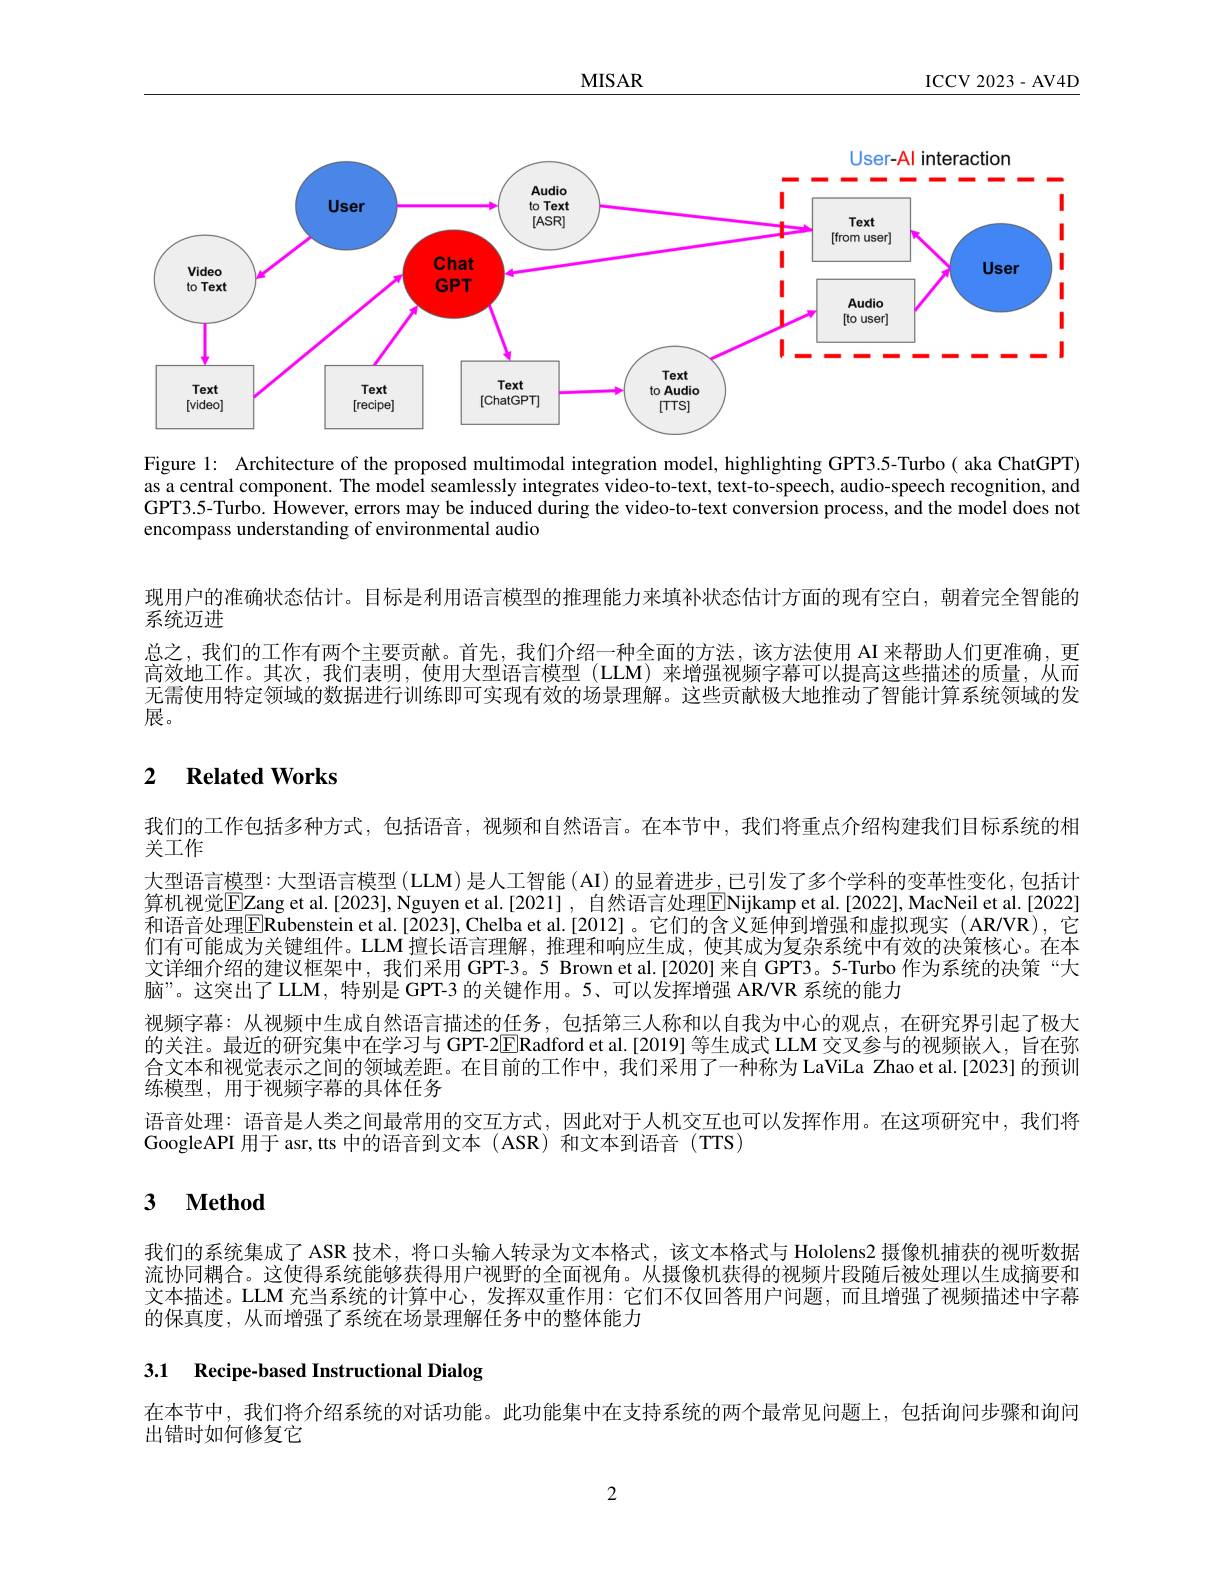
$\underline{MISAR}$

ICCV 2023- AV4D

<FigureHere>

Figure l: Architecture of the proposed multimodal integration model, highlighting GPT3.5-Turbo( aka ChatGPT) as a central component. The model seamlessly integrates video-to-text, text-to-speech, audio-speech recognition, and GPT3.5-Turbo. However, errors may be induced during the video-to-text conversion process, and the model does not encompass understanding of environmental audio

现用户的准确状态估计。目标是利用语言模型的推理能力来填补状态估计方面的现有空白，朝着完全智能的
系统迈进
总之，我们的工作有两个主要贡献。首先，我们介绍一种全面的方法，该方法使用 AI 来帮助人们更准确，更高效地工作。其次，我们表明，使用大型语言模型(LLM) 来增强视频字幕可以提高这些描述的质量，从而无需使用特定领域的数据进行训练即可实现有效的场景理解。这些贡献极大地推动了智能计算系统领域的发展。

# 2 Related Works

我们的工作包括多种方式，包括语音，视频和自然语言。在本节中，我们将重点介绍构建我们目标系统的相
关工作
大型语言模型：大型语言模型 (LLM) 是人工智能 (AI) 的显着进步 ,已引发了多个学科的变革性变化，包括计算机视觉EPZang et al.[2023], Nguyen et al.[2021] , 自然语言处理$\boxed{\mathrm{FNijkampet~al.[2022],MacNeil~et~al.[2022]}}$ 和语音处理$\overline{\mathrm{E}}$Rubenstein et al.[2023], Chelba et al.[2012]。它们的含义延伸到增强和虚拟现实(ARVR),它们有可能成为关键组件。LLM 擅长语言理解，推理和响应生成，使其成为复杂系统中有效的决策核心。在本文详细介绍的建议框架中，我们采用 GPT-3。5 Brown et al.[2020] 来自 GPT3。5-Turbo 作为系统的决策“大脑”。这突出了 LLM, 特别是 GPT-3 的关键作用。5、可以发挥增强 AR/VR 系统的能力
视频字幕：从视频中生成自然语言描述的任务，包括第三人称和以自我为中心的观点，在研究界引起了极大的关注。最近的研究集中在学习与 GPT-2E[Radford et al.[2019] 等生成式 LLM 交叉参与的视频嵌人，旨在弥合文本和视觉表示之间的领域差距。在目前的工作中，我们采用了一种称为 LaViLa Zhao et al.[2023] 的预训练模型，用于视频字幕的具体任务
语音处理：语音是人类之间最常用的交互方式，因此对于人机交互也可以发挥作用。在这项研究中，我们将
GoogleAPI 用于 asr,tts 中的语音到文本 (ASR) 和文本到语音 (TTS)

# 3 $\textbf{Method}$

我们的系统集成了 ASR 技术，将口头输人转录为文本格式，该文本格式与 Hololens2 摄像机捕获的视听数据流协同耦合。这使得系统能够获得用户视野的全面视角。从摄像机获得的视频片段随后被处理以生成摘要和文本描述。LLM 充当系统的计算中心，发挥双重作用：它们不仅回答用户问题，而且增强了视频描述中字幕的保真度，从而增强了系统在场景理解任务中的整体能力

# 3.1 Recipe-based Instructional Dialog

在本节中，我们将介绍系统的对话功能。此功能集中在支持系统的两个最常见问题上，包括询问步骤和询问

出错时如何修复它

2